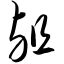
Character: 殂